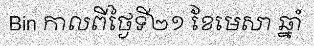
Bin កាលពីថ្ងៃទី២១ ខែមេសា ឆ្នាំ